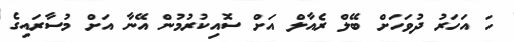
ހަ އަހަރު ދުވަހަށް ބޭލް ރެއާލް އަށް ސޮއިކުރުމުން އޭނާ އަށް މުސާރައިގެ